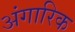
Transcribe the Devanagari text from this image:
अंगारिक